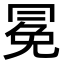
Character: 冕